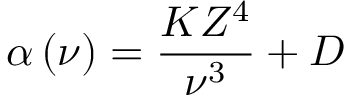
\alpha \left( \nu \right) = \frac { K Z ^ { 4 } } { \nu ^ { 3 } } + D